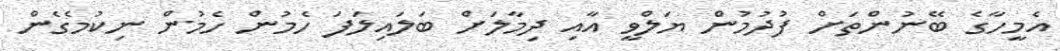
އެމީހާގެ ބޭނުންތަށް ފުދުމުން ޔަލްވީ އާއި ދިމާލަށް ބަލައިލަފަ ހެމުން ހެމުން ނިކުމެގެން